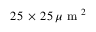
2 5 \, \times \, 2 5 \, \mu \mathrm { ~ m ~ } ^ { 2 }